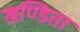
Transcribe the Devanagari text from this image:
खण्डिता